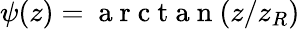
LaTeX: \psi(z)=\mathrm{~a~r~c~t~a~n~}(z/z_{R})